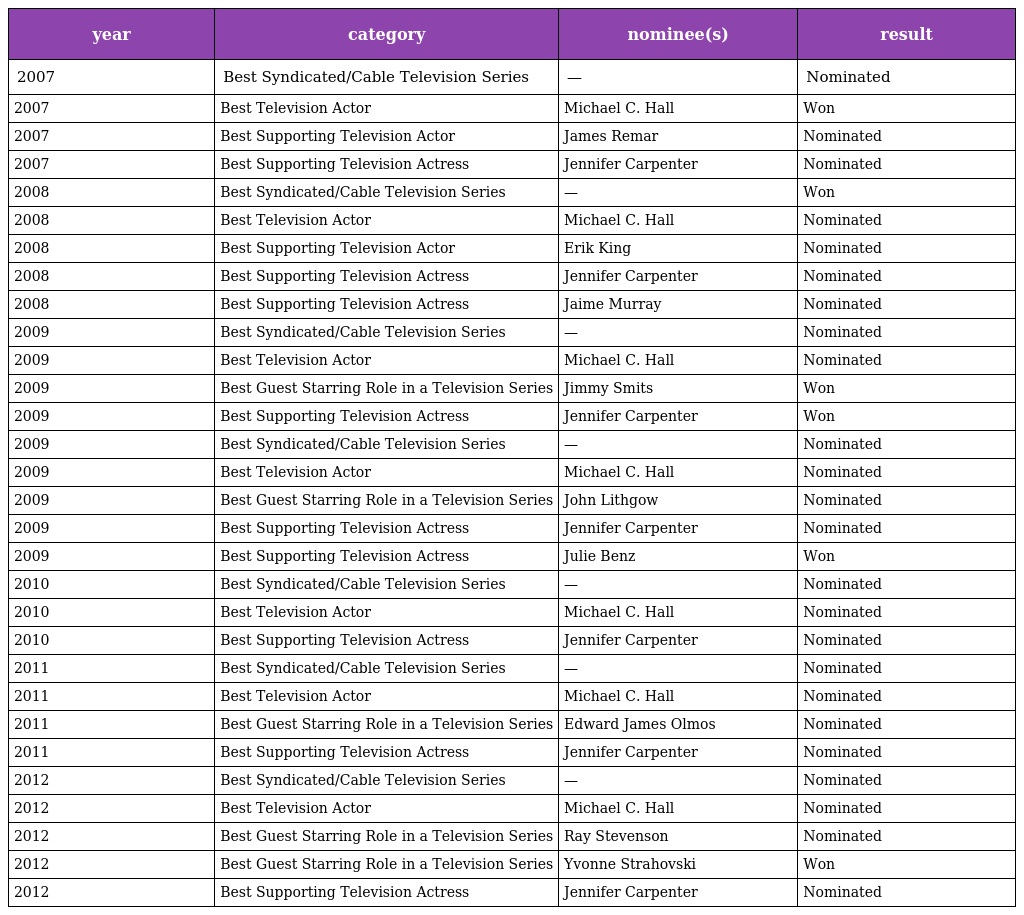
| year | category | nominee(s) | result |
 | --- | --- | --- | --- |
 | 2007 | Best Syndicated/Cable Television Series | — | Nominated |
 | 2007 | Best Television Actor | Michael C. Hall | Won |
 | 2007 | Best Supporting Television Actor | James Remar | Nominated |
 | 2007 | Best Supporting Television Actress | Jennifer Carpenter | Nominated |
 | 2008 | Best Syndicated/Cable Television Series | — | Won |
 | 2008 | Best Television Actor | Michael C. Hall | Nominated |
 | 2008 | Best Supporting Television Actor | Erik King | Nominated |
 | 2008 | Best Supporting Television Actress | Jennifer Carpenter | Nominated |
 | 2008 | Best Supporting Television Actress | Jaime Murray | Nominated |
 | 2009 | Best Syndicated/Cable Television Series | — | Nominated |
 | 2009 | Best Television Actor | Michael C. Hall | Nominated |
 | 2009 | Best Guest Starring Role in a Television Series | Jimmy Smits | Won |
 | 2009 | Best Supporting Television Actress | Jennifer Carpenter | Won |
 | 2009 | Best Syndicated/Cable Television Series | — | Nominated |
 | 2009 | Best Television Actor | Michael C. Hall | Nominated |
 | 2009 | Best Guest Starring Role in a Television Series | John Lithgow | Nominated |
 | 2009 | Best Supporting Television Actress | Jennifer Carpenter | Nominated |
 | 2009 | Best Supporting Television Actress | Julie Benz | Won |
 | 2010 | Best Syndicated/Cable Television Series | — | Nominated |
 | 2010 | Best Television Actor | Michael C. Hall | Nominated |
 | 2010 | Best Supporting Television Actress | Jennifer Carpenter | Nominated |
 | 2011 | Best Syndicated/Cable Television Series | — | Nominated |
 | 2011 | Best Television Actor | Michael C. Hall | Nominated |
 | 2011 | Best Guest Starring Role in a Television Series | Edward James Olmos | Nominated |
 | 2011 | Best Supporting Television Actress | Jennifer Carpenter | Nominated |
 | 2012 | Best Syndicated/Cable Television Series | — | Nominated |
 | 2012 | Best Television Actor | Michael C. Hall | Nominated |
 | 2012 | Best Guest Starring Role in a Television Series | Ray Stevenson | Nominated |
 | 2012 | Best Guest Starring Role in a Television Series | Yvonne Strahovski | Won |
 | 2012 | Best Supporting Television Actress | Jennifer Carpenter | Nominated |